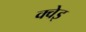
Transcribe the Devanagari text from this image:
क्वेइ